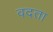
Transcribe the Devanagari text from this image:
वदता